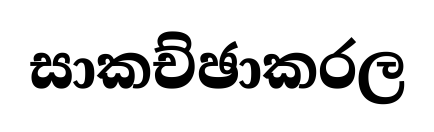
සාකච්ඡාකරල